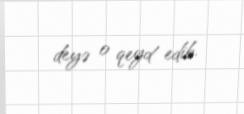
deyə o qeyd edib.